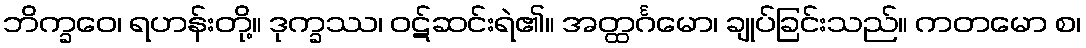
ဘိက္ခဝေ၊ ရဟန်းတို့။ ဒုက္ခဿ၊ ဝဋ်ဆင်းရဲ၏။ အတ္ထင်္ဂမော၊ ချုပ်ခြင်းသည်။ ကတမော စ၊